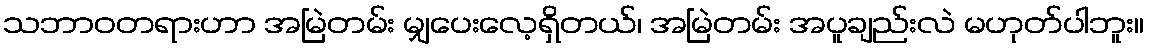
သဘာဝတရားဟာ အမြဲတမ်း မျှပေးလေ့ရှိတယ်၊ အမြဲတမ်း အပူချည်းလဲ မဟုတ်ပါဘူး။